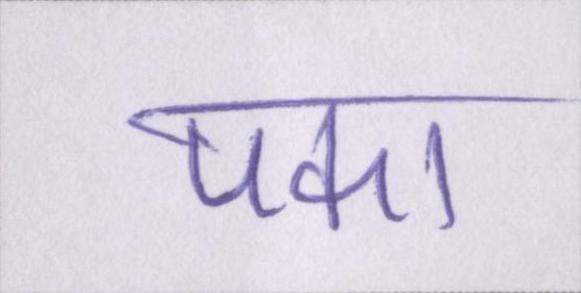
पका